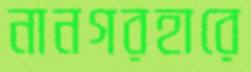
নানগরহারে